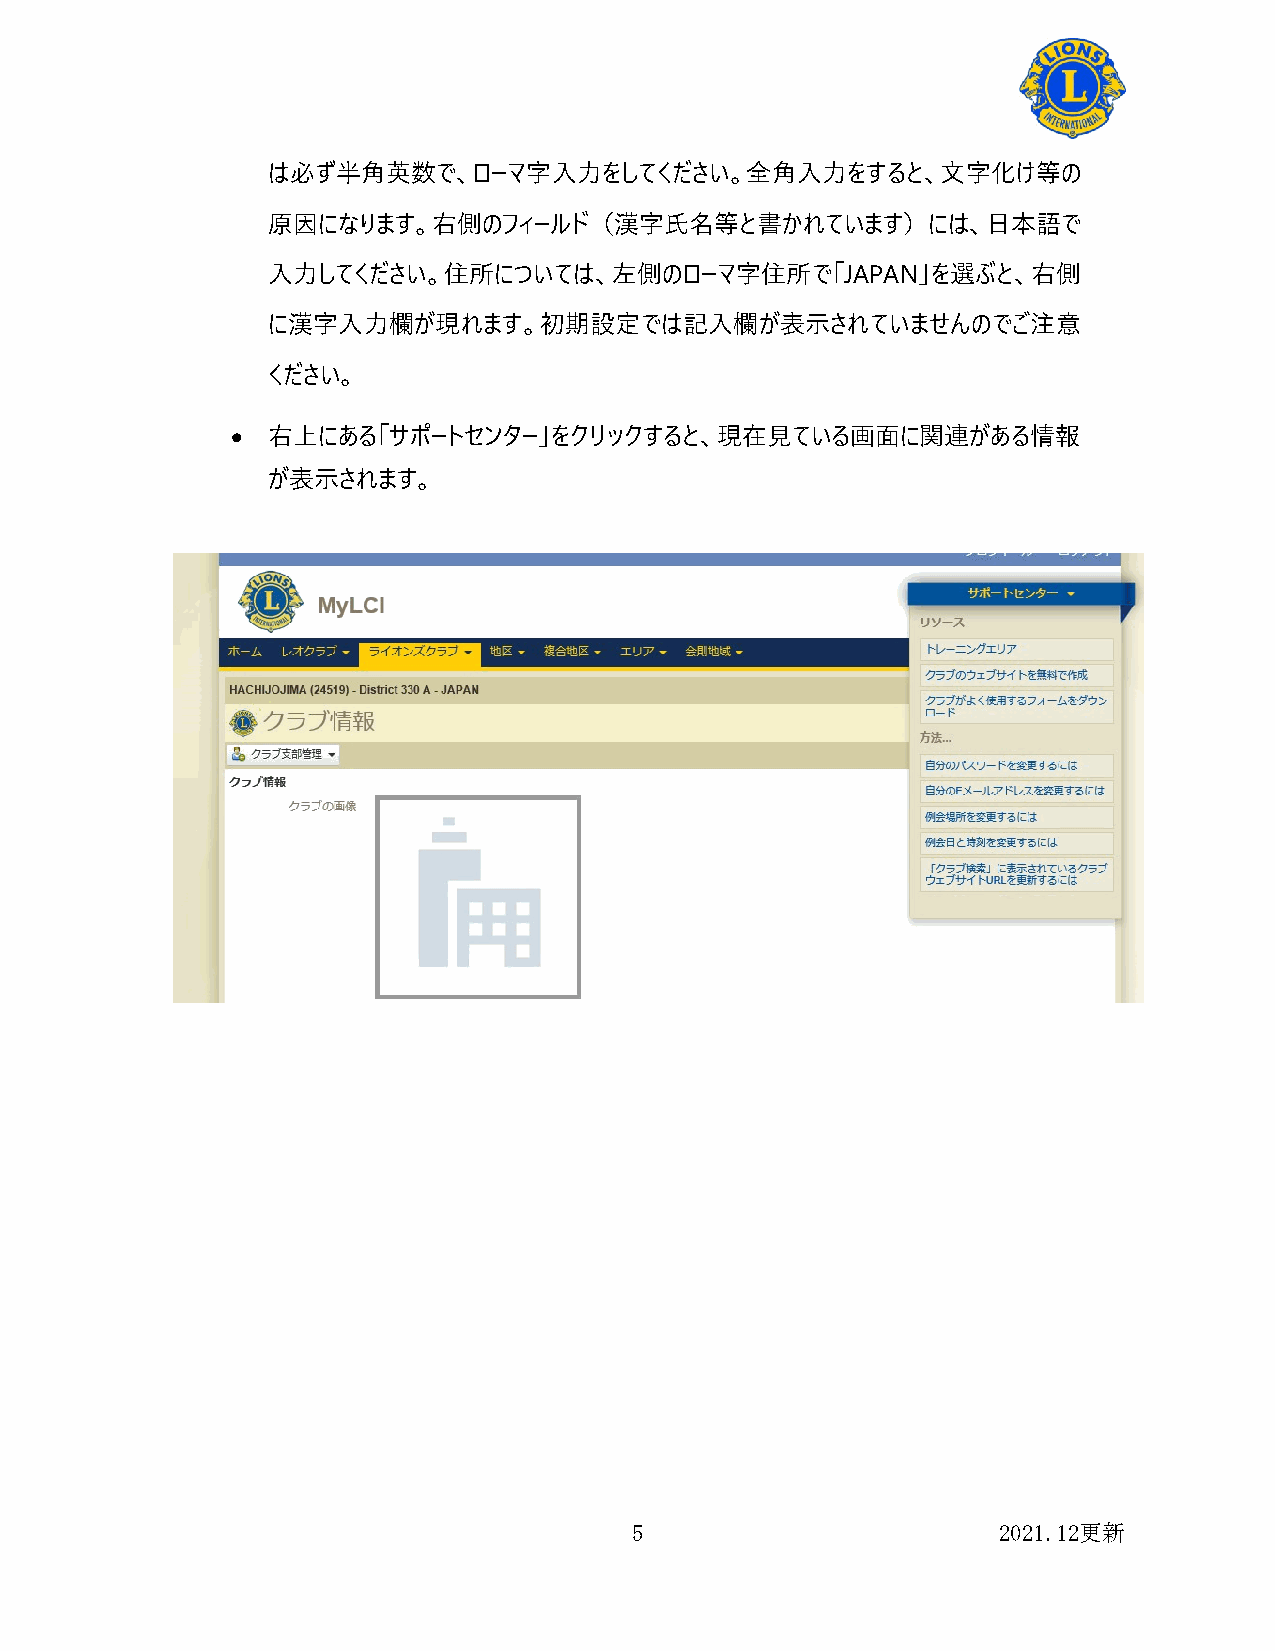
は必ず半角英数で、ローマ字入力をしてください。全角入力をすると、文字化け等の
 原因になります。右側のフィールド（漢字氏名等と書かれています）には、日本語で
 入力してください。住所については、左側のローマ字住所で「JAPAN」を選ぶと、右側
 に漢字入力欄が現れます。初期設定では記入欄が表示されていませんのでご注意
 ください。
 •  右上にある「サポートセンター」をクリックすると、現在見ている画面に関連がある情報
 が表示されます。
 5                       2021.12更新